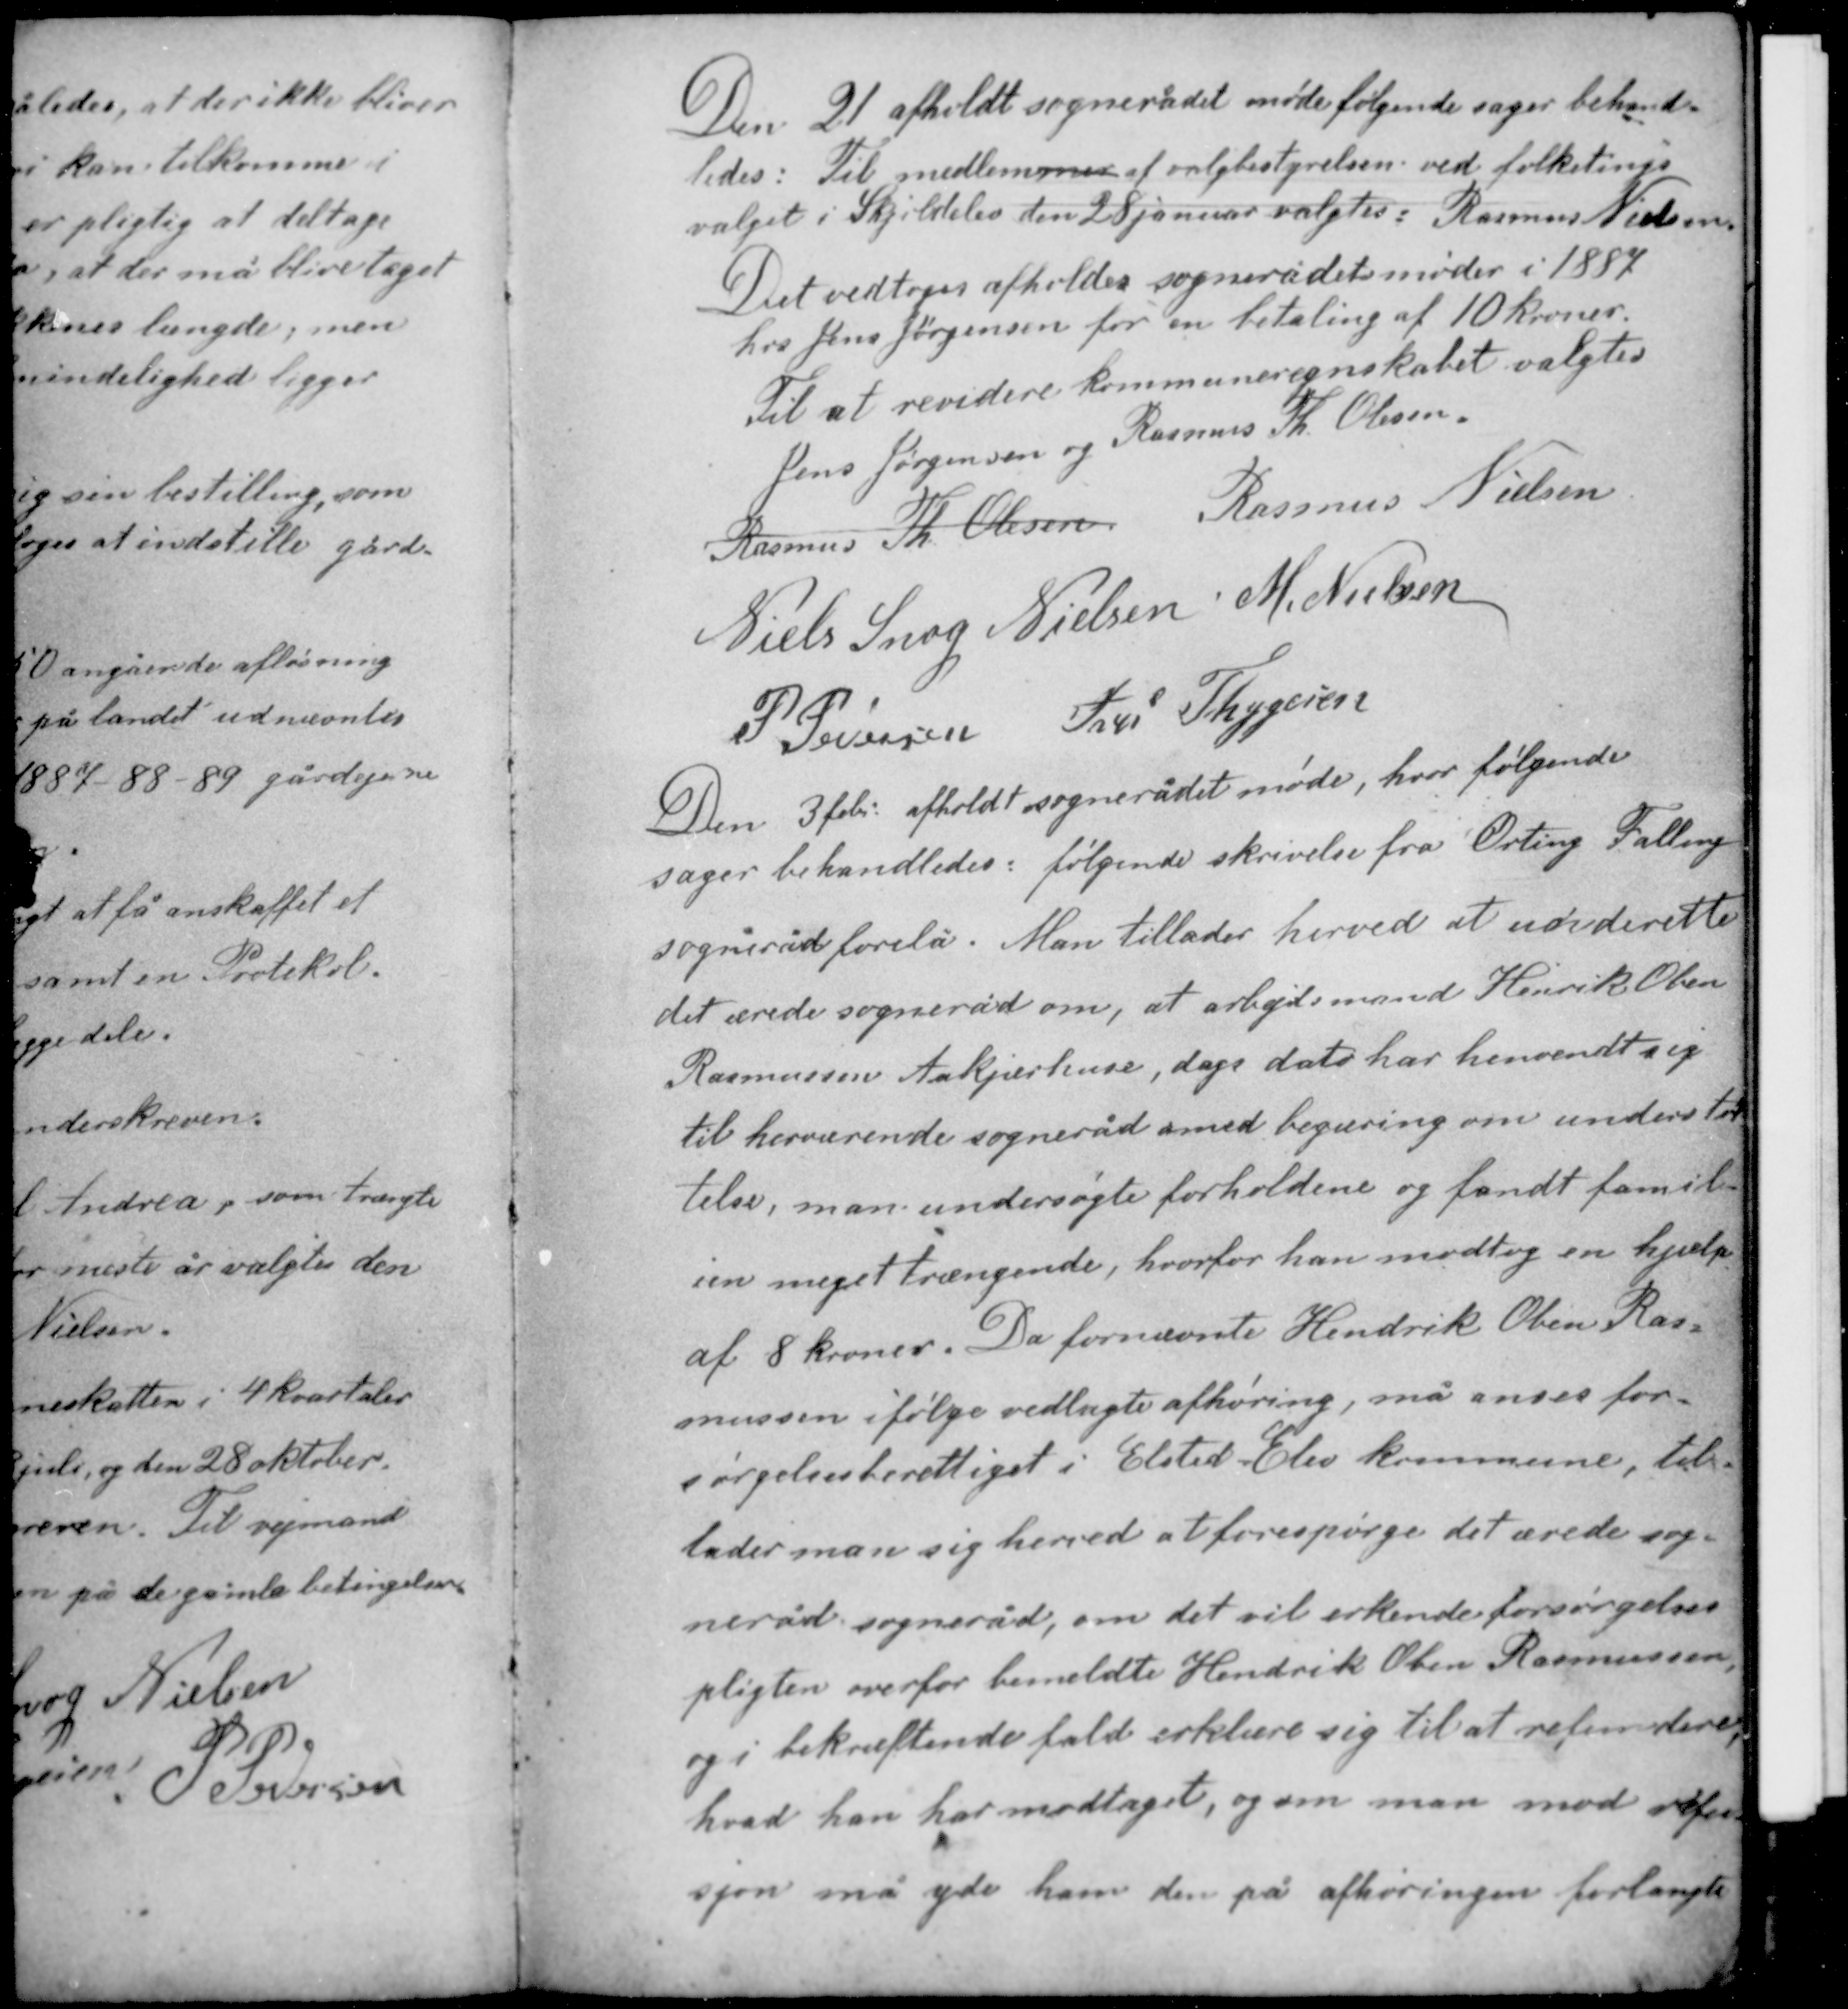
Transskription:
Den 21 afholdt sognerådet møde følgende sager behand-
ledes: Til medlemmer af valgbestyrelsen ved folketings-
valget i Skjoldelev den 28 januar valgtes: Rasmus Nielsen
Det vedtoges afholdes sognerådets møder i 1887
hos Jens Jørgensen for en betaling af 10 kroner.
Til at revidere kommuneregnskabet valgtes
Jens Jørgensen og Rasmus Th Olesen
Rasmus Th Olesen Rasmus Nielsen

Niels Snog Nielsen M. Nielsen
P. Pedersen Iver Thygesen

Den 3 febr afholdt sognerådet møde, hvor følgende
sager behandledes: følgende skrivelse fra Ørting Falling
sogneråd forelå: Man tillader herved at underrette
det ærede sogneråd om at arbejdsmand Henrik Oben
Rasmussen Aakjærhuse, dags dato har henvendt sig
til herværende sogneråd med begæring om understøt-
telse, man undersøgte forholdene og fandt famil-
ien meget trængende, hvorfor han modtog en hjælp
af 8 kroner. Da fornævnte Hendrik Oben Ras-

mussen ifølge vedlagte afhøring, må anses for-
sørgelsesberettiget i Elsted-Elev kommune, til-
lader man sig herved at forespørge det ærede sog-
neråd sogneråd, om det vil erkende forsørgelses-
pligten overfor bemeldte Hendrik Oben Rasmussen,
og i bekræftende fald erklære sig til at refundere
hvad han har modtaget, og om man mod refu-
sjon må yde ham den på afhøringen forlangte